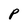
Character: P